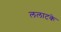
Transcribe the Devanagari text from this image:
ललाटके